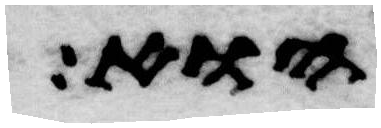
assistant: הוא